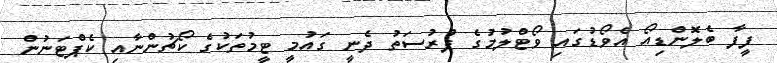
ފީފާ ބެލޮންޑިއޯ އެވޯޑުގައި ވޯޓްލުމުގެ ފުރުސަތު ދެނީ ގައުމީ ޓީމުތަކުގެ ކޯޗުންނާއި ކެޕްޓަނުން